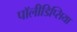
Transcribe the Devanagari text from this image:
पॉलीडिप्सिया